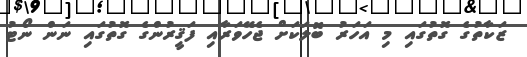
ޒަކާތުގެ ގޮތުގައި މި އަަހަރު ބޮލަކަށް ޖެހޭވަރާއި ފަޤީރުންގެ ގޮތުގައި ނަން ނޯޓު